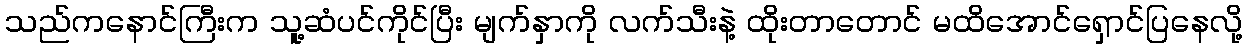
သည်ကနောင်ကြီးက သူ့ဆံပင်ကိုင်ပြီး မျက်နှာကို လက်သီးနဲ့ ထိုးတာတောင် မထိအောင်ရှောင်ပြနေလို့